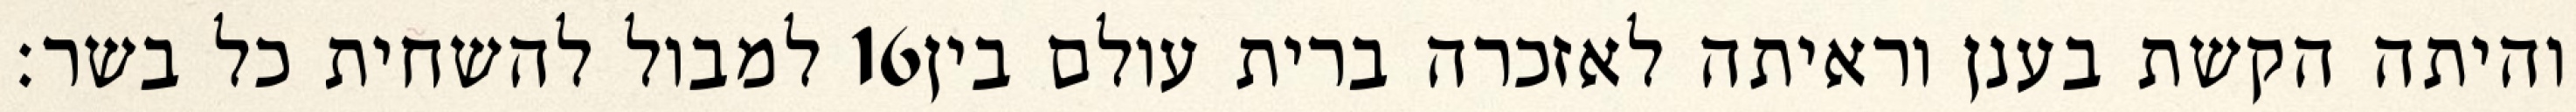
למבול להשחית כל בשר׃ ‎16‏ והיתה הקשת בענן וראיתה לאזכרה ברית עולם בין